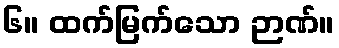
၆။ ထက်မြက်သော ဉာဏ်။